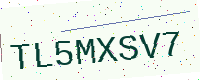
Text: TL5MXSV7